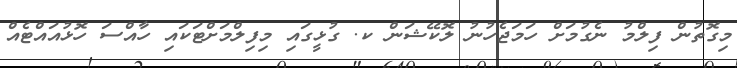
މިގޮތުން ފިލްމު ނެގުމަށް ހަމަޖެހުނު ލޮކޭޝަން ކ. ގުޅީގައި މިފިލްމަށްޓަކައި ހާއްސަ ހޮޅުއައްޓެއް